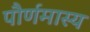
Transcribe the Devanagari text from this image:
पौर्णमास्य